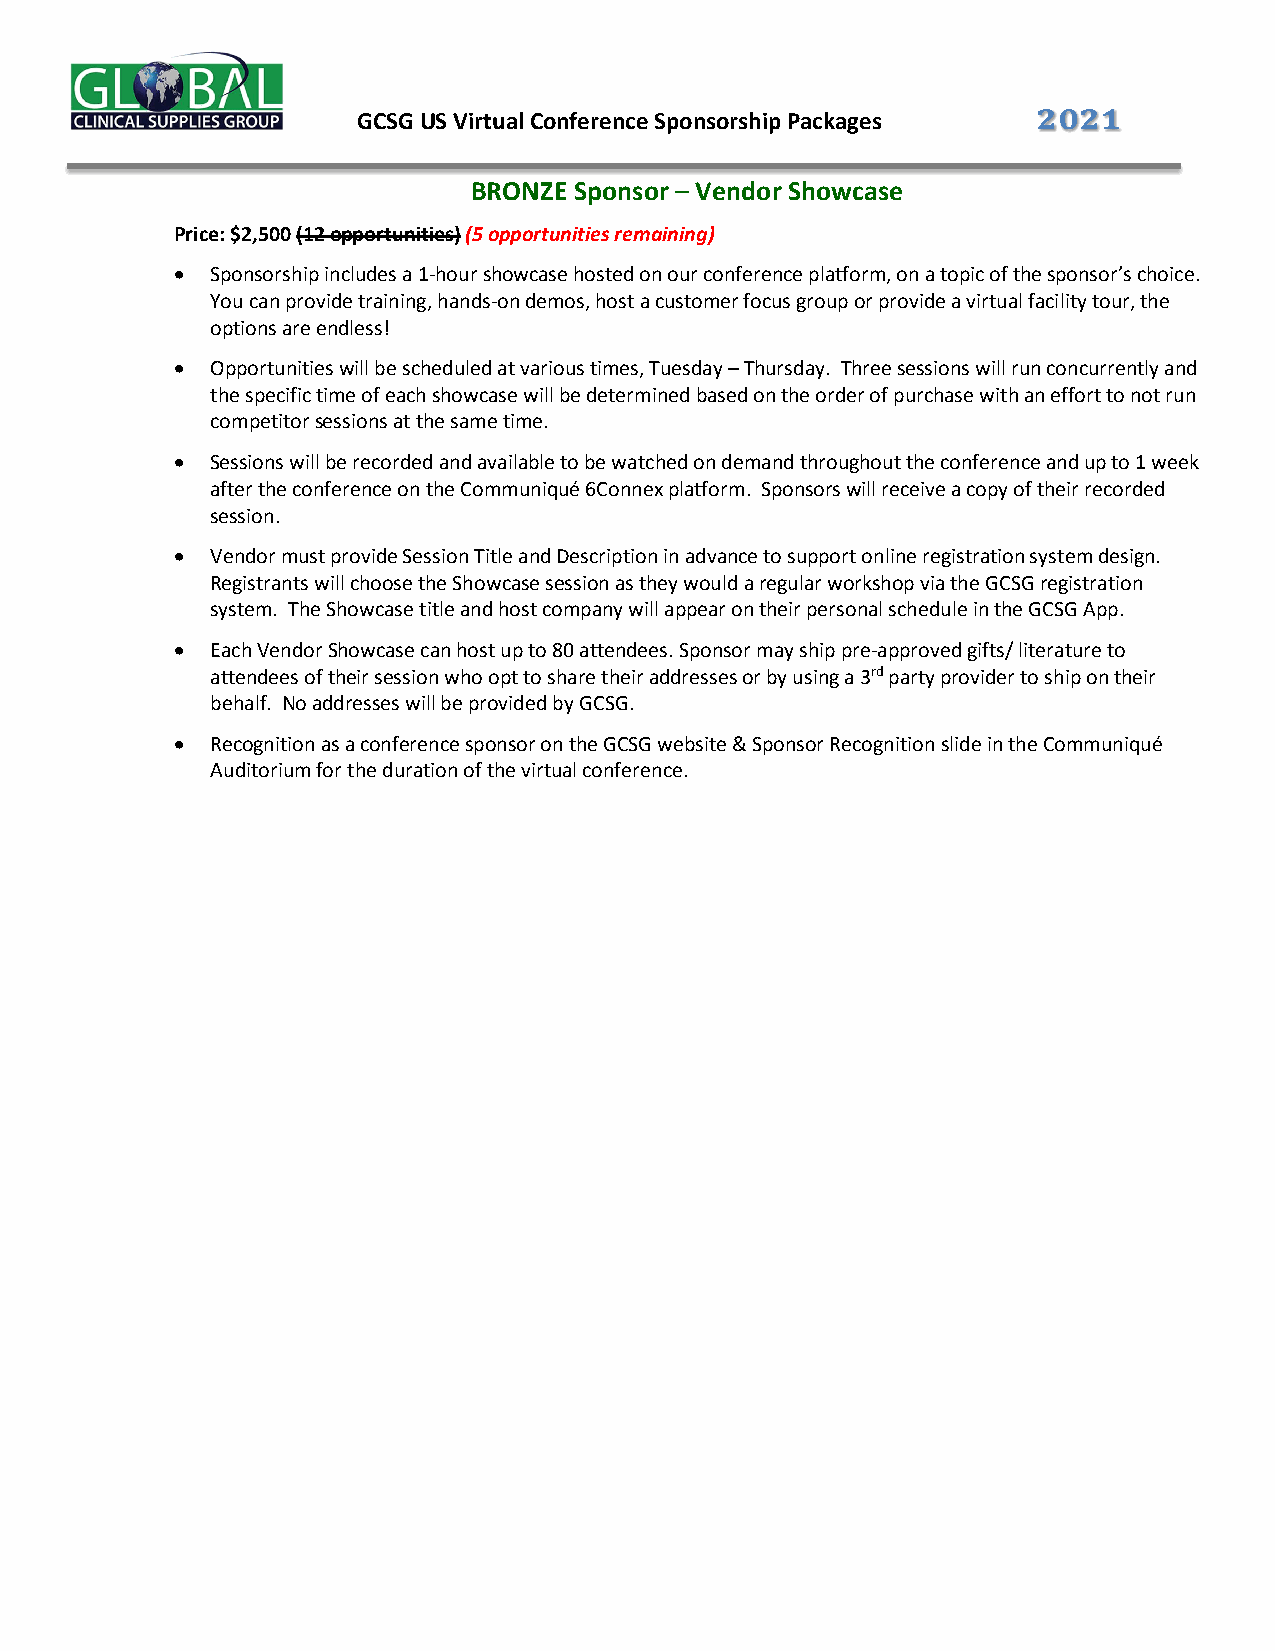
!"!#
 GCSG US Virtual Conference Sponsorship Packages
 BRONZE Sponsor – Vendor Showcase
 Price: $2,500 (12 opportunities) (5 opportunities remaining)
 • Sponsorship includes a 1-hour showcase hosted on our conference platform, on a topic of the sponsor’s choice.
 You can provide training, hands-on demos, host a customer focus group or provide a virtual facility tour, the
 options are endless!
 • Opportunities will be scheduled at various times, Tuesday – Thursday. Three sessions will run concurrently and
 the specific time of each showcase will be determined based on the order of purchase with an effort to not run
 competitor sessions at the same time.
 • Sessions will be recorded and available to be watched on demand throughout the conference and up to 1 week
 after the conference on the Communiqué 6Connex platform. Sponsors will receive a copy of their recorded
 session.
 • Vendor must provide Session Title and Description in advance to support online registration system design.
 Registrants will choose the Showcase session as they would a regular workshop via the GCSG registration
 system. The Showcase title and host company will appear on their personal schedule in the GCSG App.
 • Each Vendor Showcase can host up to 80 attendees. Sponsor may ship pre-approved gifts/ literature to
 attendees of their session who opt to share their addresses or by using a 3rd party provider to ship on their
 behalf. No addresses will be provided by GCSG.
 • Recognition as a conference sponsor on the GCSG website & Sponsor Recognition slide in the Communiqué
 Auditorium for the duration of the virtual conference.